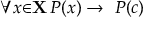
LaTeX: \forall { x } { \in } \mathbf { X } \, P ( x ) \to \ P ( c )